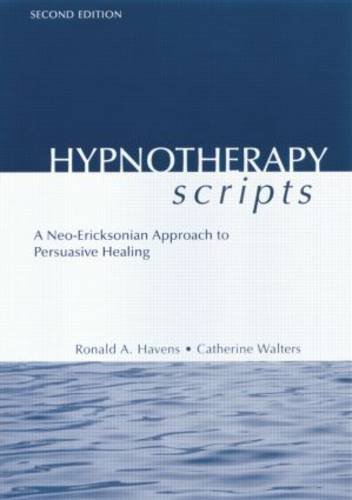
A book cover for Hypnotherapy Scripts: A Neo-Ericksonian Approach to Persuasive Healing; Ronald A. Havens; Health, Fitness & Dieting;